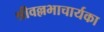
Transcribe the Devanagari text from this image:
श्रीवल्लभाचार्यका